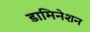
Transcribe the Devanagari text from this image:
डामिनेशन